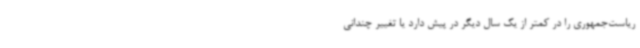
ریاست‌جمهوری را در کمتر از یک سال دیگر در پیش دارد یا تغییر چندانی